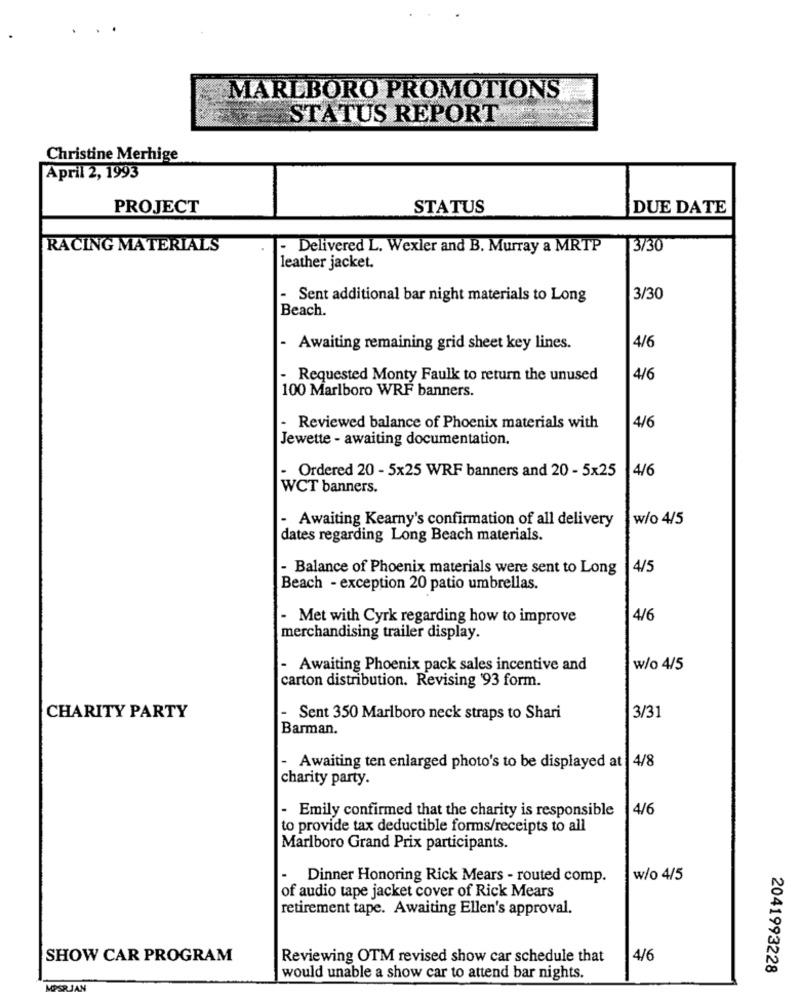
MARLBORO PROMOTIONS
STATUS REPORT
Christine Merhige
April 2, 1993
PROJECT
STATUS
DUE DATE
RACING MATERIALS
- Delivered L. Wexler and B. Murray a MRTP
3730
leather jacket.
- Sent additional bar night materials to Long
3/30
Beach.
- Awaiting remaining grid sheet key lines.
4/6
- Requested Monty Faulk to return the unused
4/6
100 Marlboro WRF banners.
4/6
- Reviewed balance of Phoenix materials with
Jewette - awaiting documentation.
- Ordered 20 - 5x25 WRF banners and 20 - 5x25
4/6
WCT banners.
- Awaiting Kearny's confirmation of all delivery
w/o 4/5
dates regarding Long Beach materials.
- Balance of Phoenix materials were sent to Long
4/5
Beach - exception 20 patio umbrellas.
- Met with Cyrk regarding how to improve
4/6
merchandising trailer display.
- Awaiting Phoenix pack sales incentive and
w/o 4/5
carton distribution. Revising '93 form.
CHARITY PARTY
- Sent 350 Marlboro neck straps to Shari
3/31
Barman.
- Awaiting ten enlarged photo's to be displayed at 4/8
charity party.
- Emily confirmed that the charity is responsible
4/6
to provide tax deductible forms/receipts to all
Marlboro Grand Prix participants.
Dinner Honoring Rick Mears - routed comp.
w/o 4/5
of audio tape jacket cover of Rick Mears
retirement tape. Awaiting Ellen's approval.
SHOW CAR PROGRAM
Reviewing OTM revised show car schedule that
4/6
2041993228
would unable a show car to attend bar nights.
MOPSRJAN